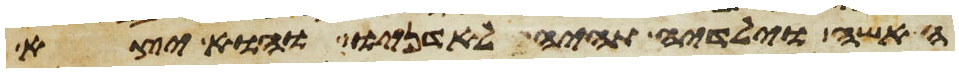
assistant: האשה וילידיה תהיה לאדניו והוא יצא